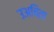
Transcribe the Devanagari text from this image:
उअचिता